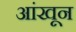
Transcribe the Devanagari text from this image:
आंखून